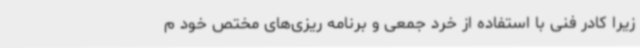
زیرا کادر فنی با استفاده از خرد جمعی و برنامه ریزی‌های مختص خود م